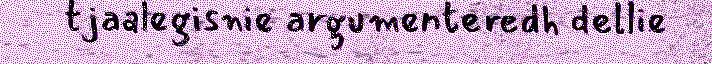
tjaalegisnie argumenteredh dellie